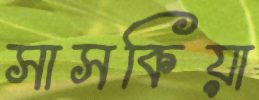
সাসকিয়া